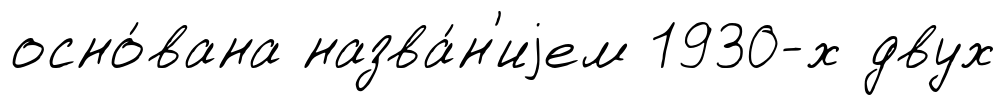
осно́вана назва́н'иjем 1930-х двух